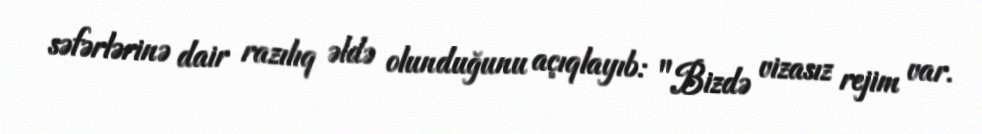
səfərlərinə dair razılıq əldə olunduğunu açıqlayıb: "Bizdə vizasız rejim var.